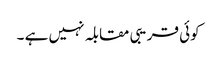
کوئی قریبی مقابلہ نہیں ہے ۔